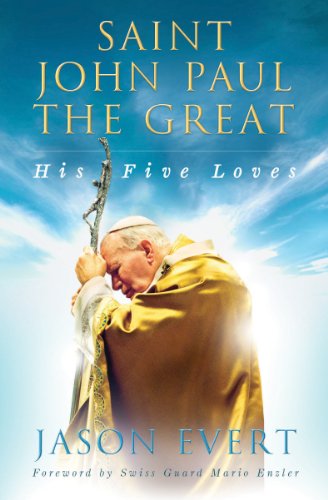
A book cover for Saint John Paul the Great: His Five Loves; Jason Evert; Christian Books & Bibles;